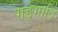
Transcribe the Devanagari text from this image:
गङ्गादि